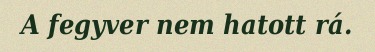
A fegyver nem hatott rá.